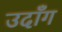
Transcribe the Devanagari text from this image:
उदाँग